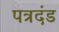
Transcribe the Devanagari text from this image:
पत्रदंड